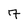
Character: 7